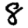
Digit: 8